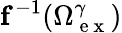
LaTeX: \mathbf{f}^{-1}(\Omega_{\mathrm{~e~x~}}^{\gamma})